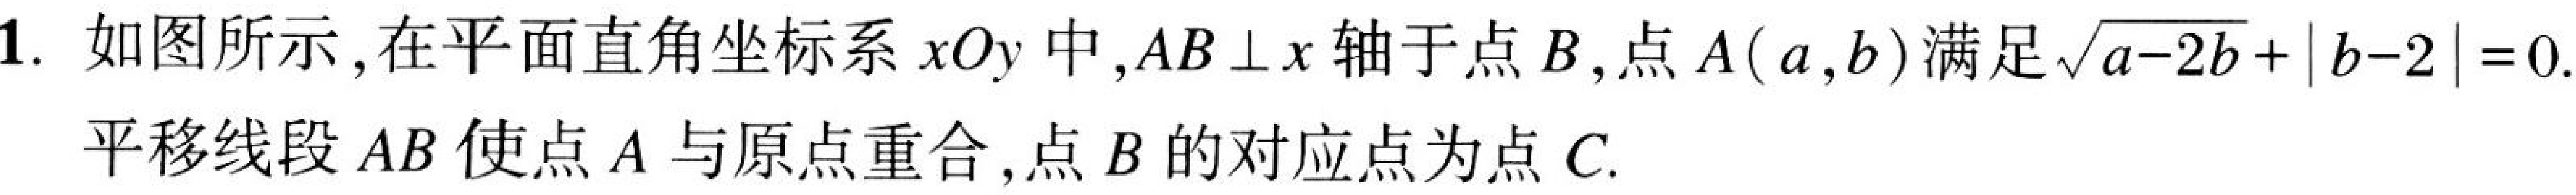
1. 如图所示，在平面直角坐标系 \(xOy\) 中，\(AB\perp x\) 轴于点 \(B\)，点 \(A(a,b)\)满足\(\sqrt{a - 2b}+\vert b - 2\vert=0\).
平移线段 \(AB\) 使点 \(A\) 与原点重合，点 \(B\) 的对应点为点 \(C\).